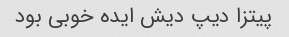
پیتزا دیپ دیش ایده خوبی بود